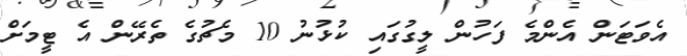
އެވަޓަން އެންމެ ފަހުން ލީގުގައި ކުޅުނު 10 މެޗުގެ ތެރޭން އެ ޓީމަށް